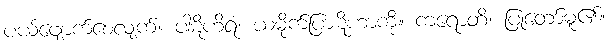
ပယ်ဖျောက်စေလျက်။ ပါဋိဟိရံ၊ ယမိုက်ပြာဋိဟာကို။ ကရောတိ၊ ပြုတော်မူ၏။